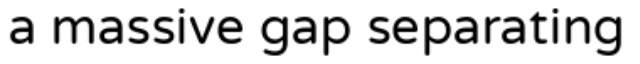
a massive gap separating